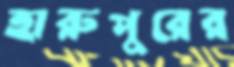
হারুপুরের